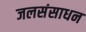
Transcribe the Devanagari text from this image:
जलसंसाधन